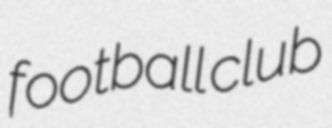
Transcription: football club